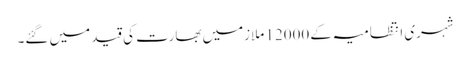
شہری انتظامیہ کے 12000 ملازمیں بھارت کی قید میں گئے۔